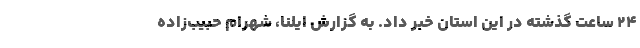
24 ساعت گذشته در این استان خبر داد. به گزارش ایلنا، شهرام حبیب‌زاده